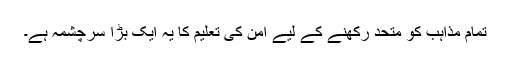
تمام مذاہب کو متحد رکھنے کے لیے امن کی تعلیم کا یہ ایک بڑا سرچشمہ ہے۔